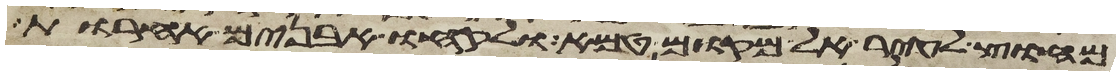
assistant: מחוץ לעיר אל מקום טמא ולקחו אבנים אחרות